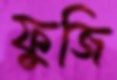
ফুজি